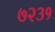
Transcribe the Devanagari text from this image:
७२३१